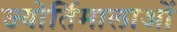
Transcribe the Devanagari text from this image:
ज्योर्तिमालाओं